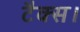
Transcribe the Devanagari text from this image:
टैक्स।